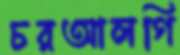
চরআলগি